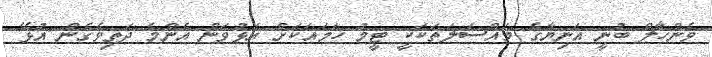
ވެންހާލް ބުނީ އަނިޔާގެ މައްސަލަތަކަކީ ޓީމު ހަމައަކަށް އަޅުވަން އެންމެ ދަތިވެގެން އުޅޭ